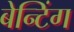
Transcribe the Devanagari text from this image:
बेन्टिंग